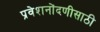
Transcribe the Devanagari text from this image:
प्रवेशनोंदणीसाठी